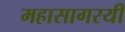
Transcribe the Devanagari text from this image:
महासागरयी